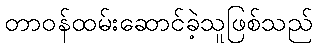
တာဝန်ထမ်းဆောင်ခဲ့သူဖြစ်သည်